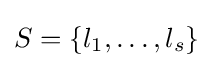
S=\{l_{1},\ldots ,l_{s}\}